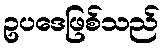
ဥပဒေဖြစ်သည်